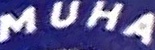
MUHA